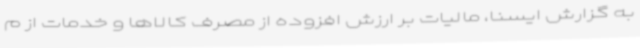
به گزارش ایسنا، مالیات بر ارزش افزوده از مصرف کالاها و خدمات از م